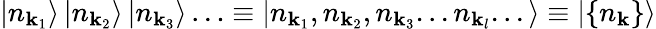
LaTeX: \left|n_{\mathbf{k}_{1}}\right\rangle\left|n_{\mathbf{k}_{2}}\right\rangle\left|n_{\mathbf{k}_{3}}\right\rangle\ldots\equiv\left|n_{\mathbf{k}_{1}},n_{\mathbf{k}_{2}},n_{\mathbf{k}_{3}}...n_{\mathbf{k}_{l}}...\right\rangle\equiv\left|\{ n_{\mathbf{k}}\} \right\rangle